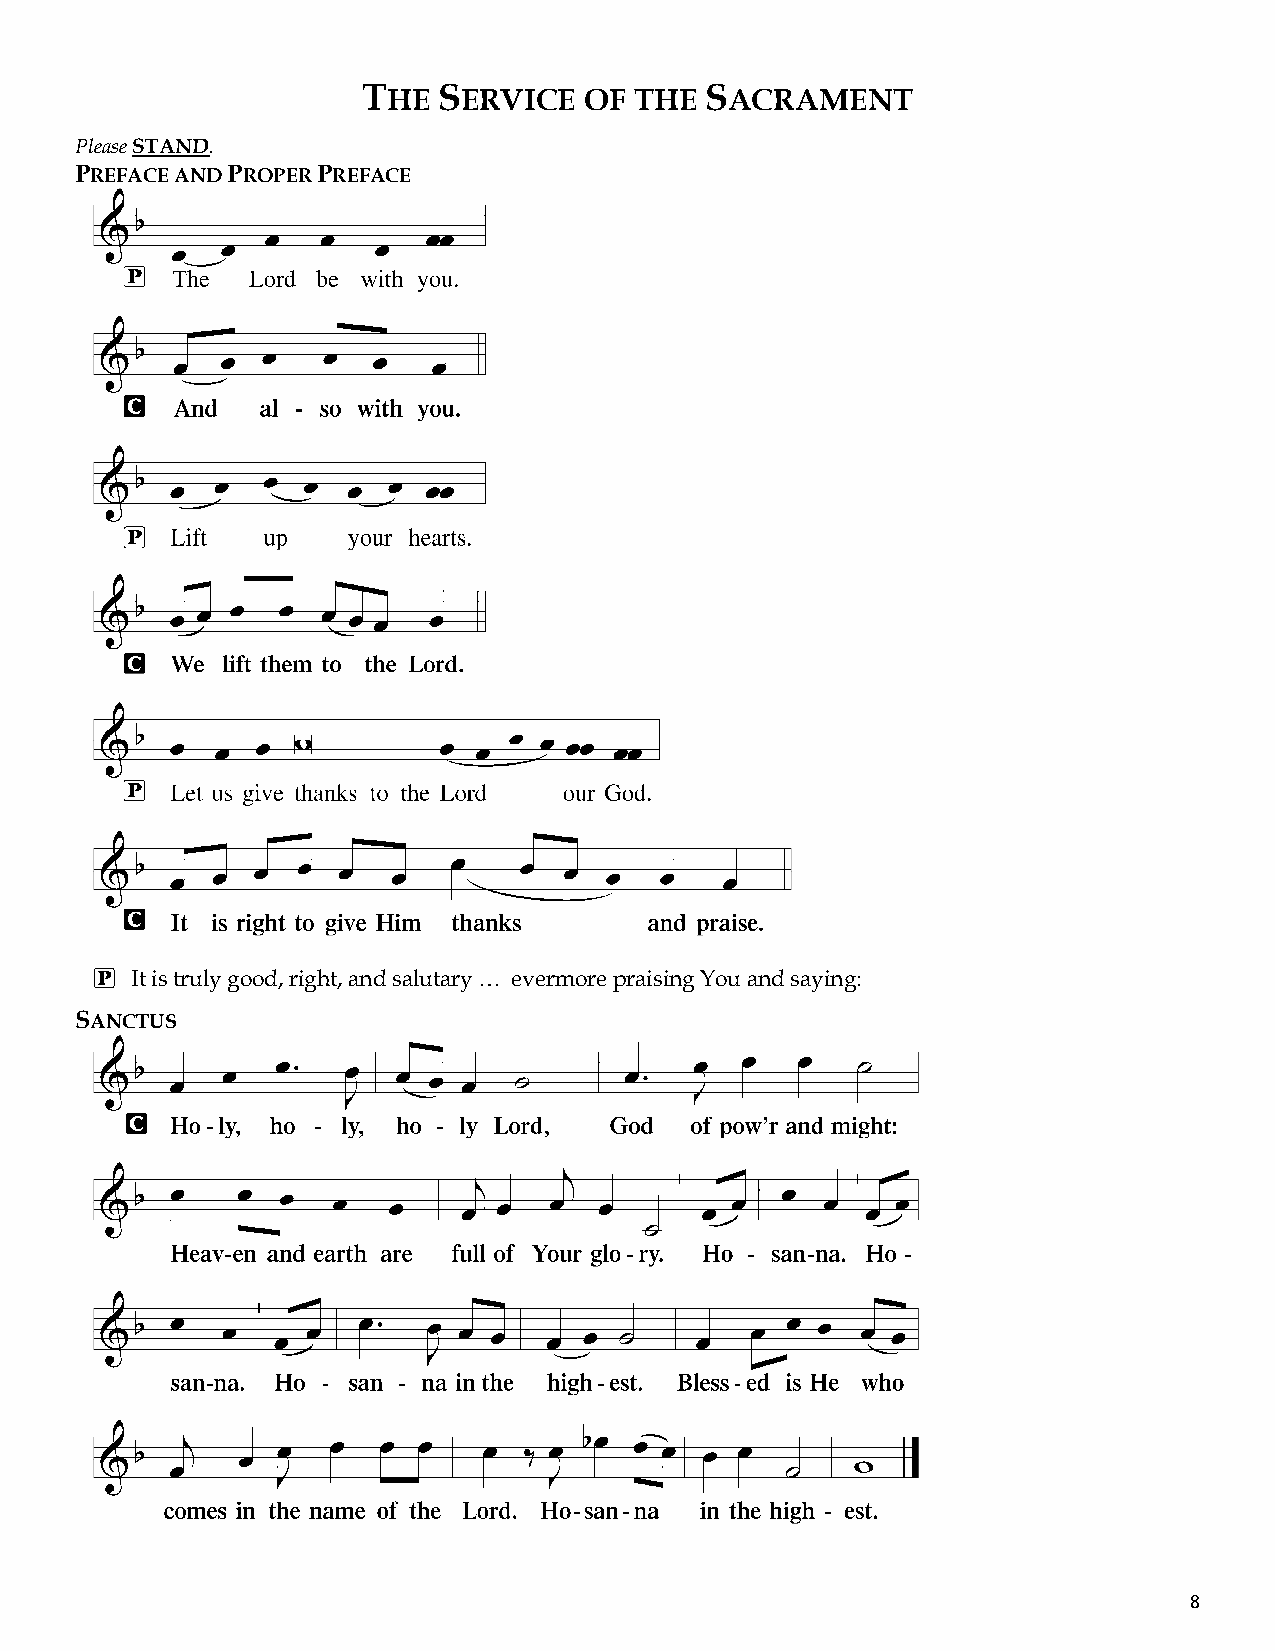
THE  SERVICE   OF THE  SACRAMENT
 Please STAND.
 PREFACE AND PROPER PREFACE
 P  It is truly good, right, and salutary … evermore praising You and saying:
 SANCTUS
 8